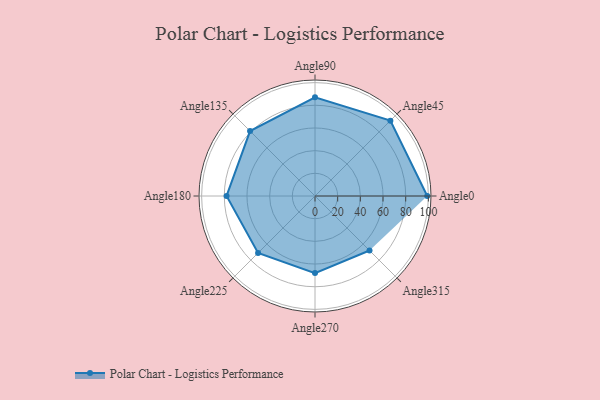
{"axis": {"x": "Angle", "y": "Radius"}, "legend": [""], "data": [{"x": "Angle0", "y": 99.0, "type": ""}, {"x": "Angle45", "y": 94.0, "type": ""}, {"x": "Angle90", "y": 87.0, "type": ""}, {"x": "Angle135", "y": 81.0, "type": ""}, {"x": "Angle180", "y": 78.0, "type": ""}, {"x": "Angle225", "y": 71.0, "type": ""}, {"x": "Angle270", "y": 68.0, "type": ""}, {"x": "Angle315", "y": 68.0, "type": ""}]}